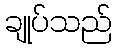
ချုပ်သည်